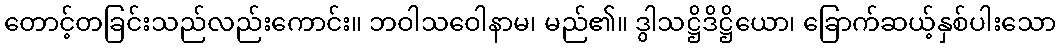
တောင့်တခြင်းသည်လည်းကောင်း။ ဘဝါသဝေါနာမ၊ မည်၏။ ဒွါသဋ္ဌိဒိဋ္ဌိယော၊ ခြောက်ဆယ့်နှစ်ပါးသော